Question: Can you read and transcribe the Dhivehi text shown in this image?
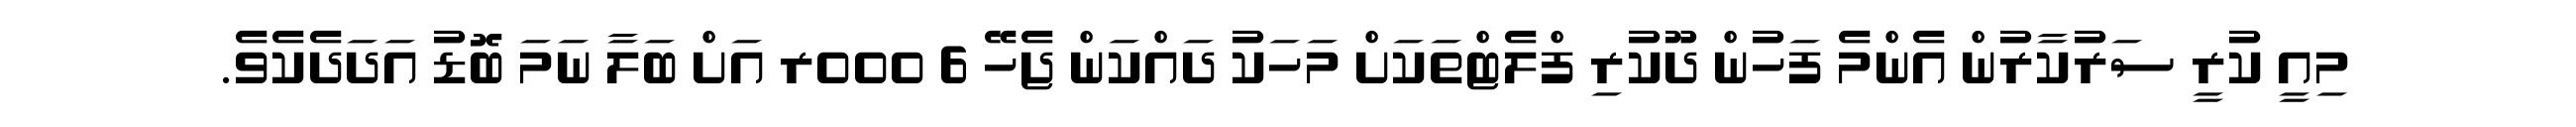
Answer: މިއީ ކުރީ ސަރުކާރުން އެންމެ ފަހުން ދޫކުރި ފްލެޓްތަކަށް މަހަކު ދައްކަން ޖެހޭ 6 000ރ އަށް ބަލާ ނަމަ ބޮޑު އަދަދެކެވެ.